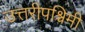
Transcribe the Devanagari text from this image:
उत्तरीपश्चिमी